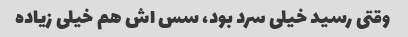
وقتی رسید خیلی سرد بود، سس اش هم خیلی زیاده